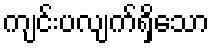
ကျင်းပလျက်ရှိသော